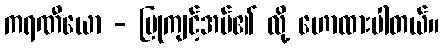
ကရဏီယော - ပြုကျင့်အပ်၏ လို့ ဟောထားပါတယ်။